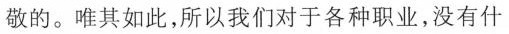
敬的。唯其如此，所以我们对于各种职业，没有什